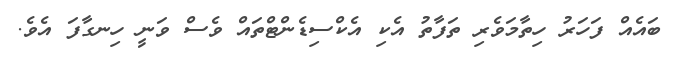
ބައެއް ފަހަރު ހިތާމަވެރި ތަފާތު އެކި އެކްސިޑެންޓްތައް ވެސް ވަނީ ހިނގާފަ އެވެ.